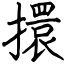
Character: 擐